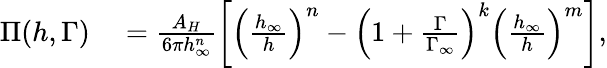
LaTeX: \begin{array}{rl}{\Pi(h,\Gamma)}&{{}=\frac{A_{H}}{6\pi h_{\infty}^{n}}\left[\left(\frac{h_{\infty}}{h}\right)^{n}-\left(1+\frac{\Gamma}{\Gamma_{\infty}}\right)^{k}\left(\frac{h_{\infty}}{h}\right)^{m}\right],}\end{array}